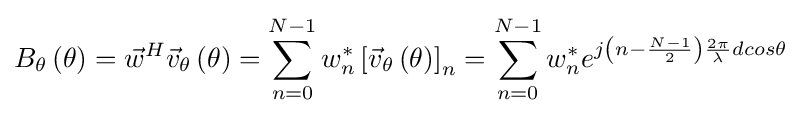
B_{\theta }\left(\theta \right)={\vec {w}}^{H}{\vec {v}}_{\theta }\left(\theta \right)=\sum _{n=0}^{N-1}w_{n}^{*}\left[{\vec {v}}_{\theta }\left(\theta \right)\right]_{n}=\sum _{n=0}^{N-1}w_{n}^{*}e^{j\left(n-{\frac {N-1}{2}}\right){\frac {2\pi }{\lambda }}dcos\theta }